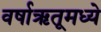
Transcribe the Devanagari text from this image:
वर्षाऋतूमध्ये